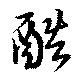
酷